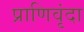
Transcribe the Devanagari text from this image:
प्राणिवृंदा